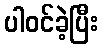
ပါဝင်ခဲ့ပြီး